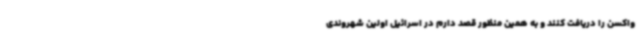
واکسن را دریافت کنند و به همین منظور قصد دارم در اسرائیل اولین شهروندی